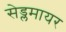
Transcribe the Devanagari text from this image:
सेड्लमायर